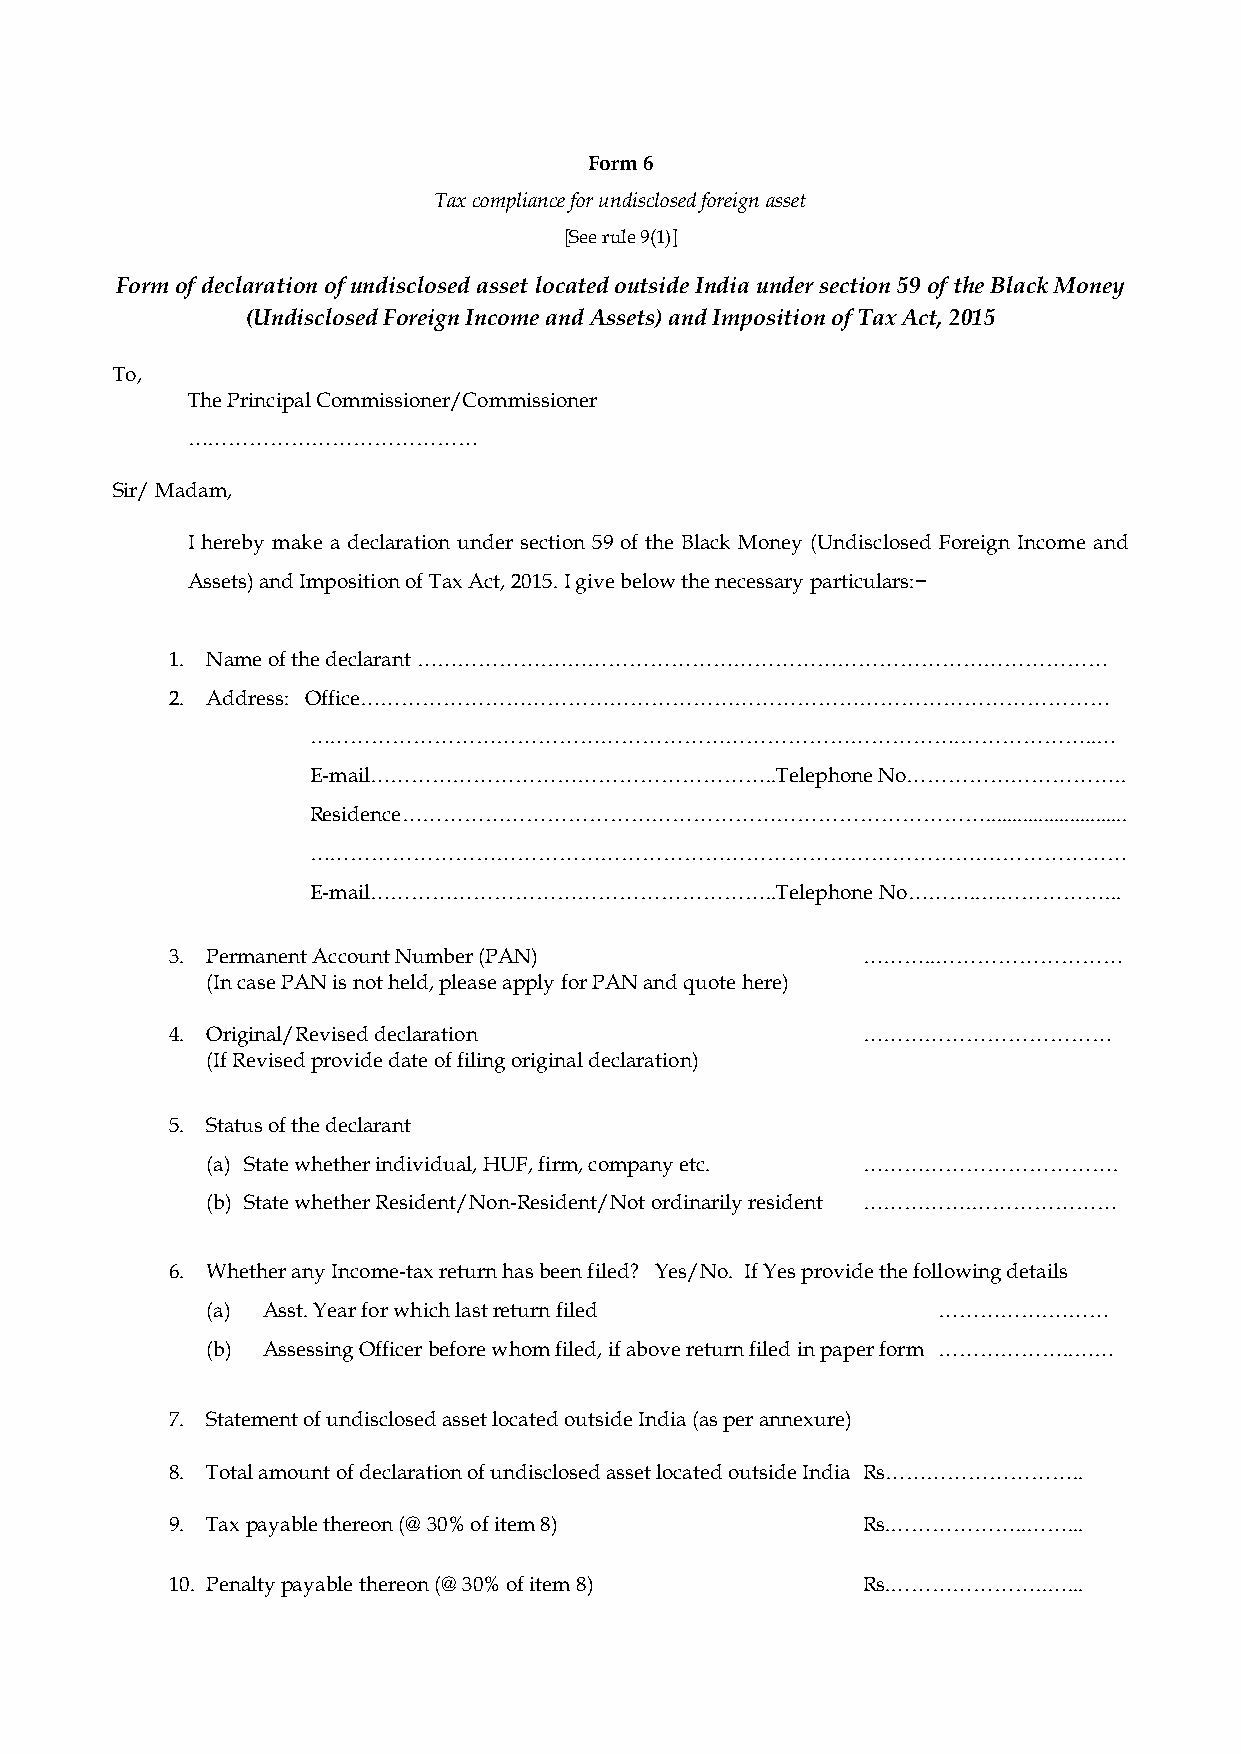
Form 6
 Tax compliance for undisclosed foreign asset
 [See rule 9(1)]
 Form of declaration of undisclosed asset located outside India under section 59 of the Black Money
 (Undisclosed Foreign Income and Assets) and Imposition of Tax Act, 2015
 To,
 The Principal Commissioner/Commissioner
 ……………………………………
 Sir/ Madam,
 I hereby make a declaration under section 59 of the Black Money (Undisclosed Foreign Income and
 Assets) and Imposition of Tax Act, 2015. I give below the necessary particulars:−
 1. Name of the declarant ……………….………………………………………………………………………
 2. Address: Office………………………………………………………………………………………………
 ………………………………………………………………………………….………………..…
 E-mail…………………………………………………..Telephone  No…………………………..
 Residence…………………………………………………………………………...........................
 ……………………………………………………………………………………….………………
 E-mail…………………………………………………..Telephone  No………..………………...
 3. Permanent Account Number (PAN)             ………..………………………
 (In case PAN is not held, please apply for PAN and quote here)
 4. Original/Revised declaration               ………………………………
 (If Revised provide date of filing original declaration)
 5. Status of the declarant
 (a) State whether individual, HUF, firm, company etc. ……………………………….
 (b) State whether Resident/Non-Resident/Not ordinarily resident …………….…………………
 6. Whether any Income-tax return has been filed? Yes/No. If Yes provide the following details
 (a) Asst. Year for which last return filed      …………….………
 (b) Assessing Officer before whom filed, if above return filed in paper form ………………..……
 7. Statement of undisclosed asset located outside India (as per annexure)
 8. Total amount of declaration of undisclosed asset located outside India Rs………………………..
 9. Tax payable thereon (@ 30% of item 8)      Rs.………………..……...
 10. Penalty payable thereon (@ 30% of item 8) Rs.…………………..…...